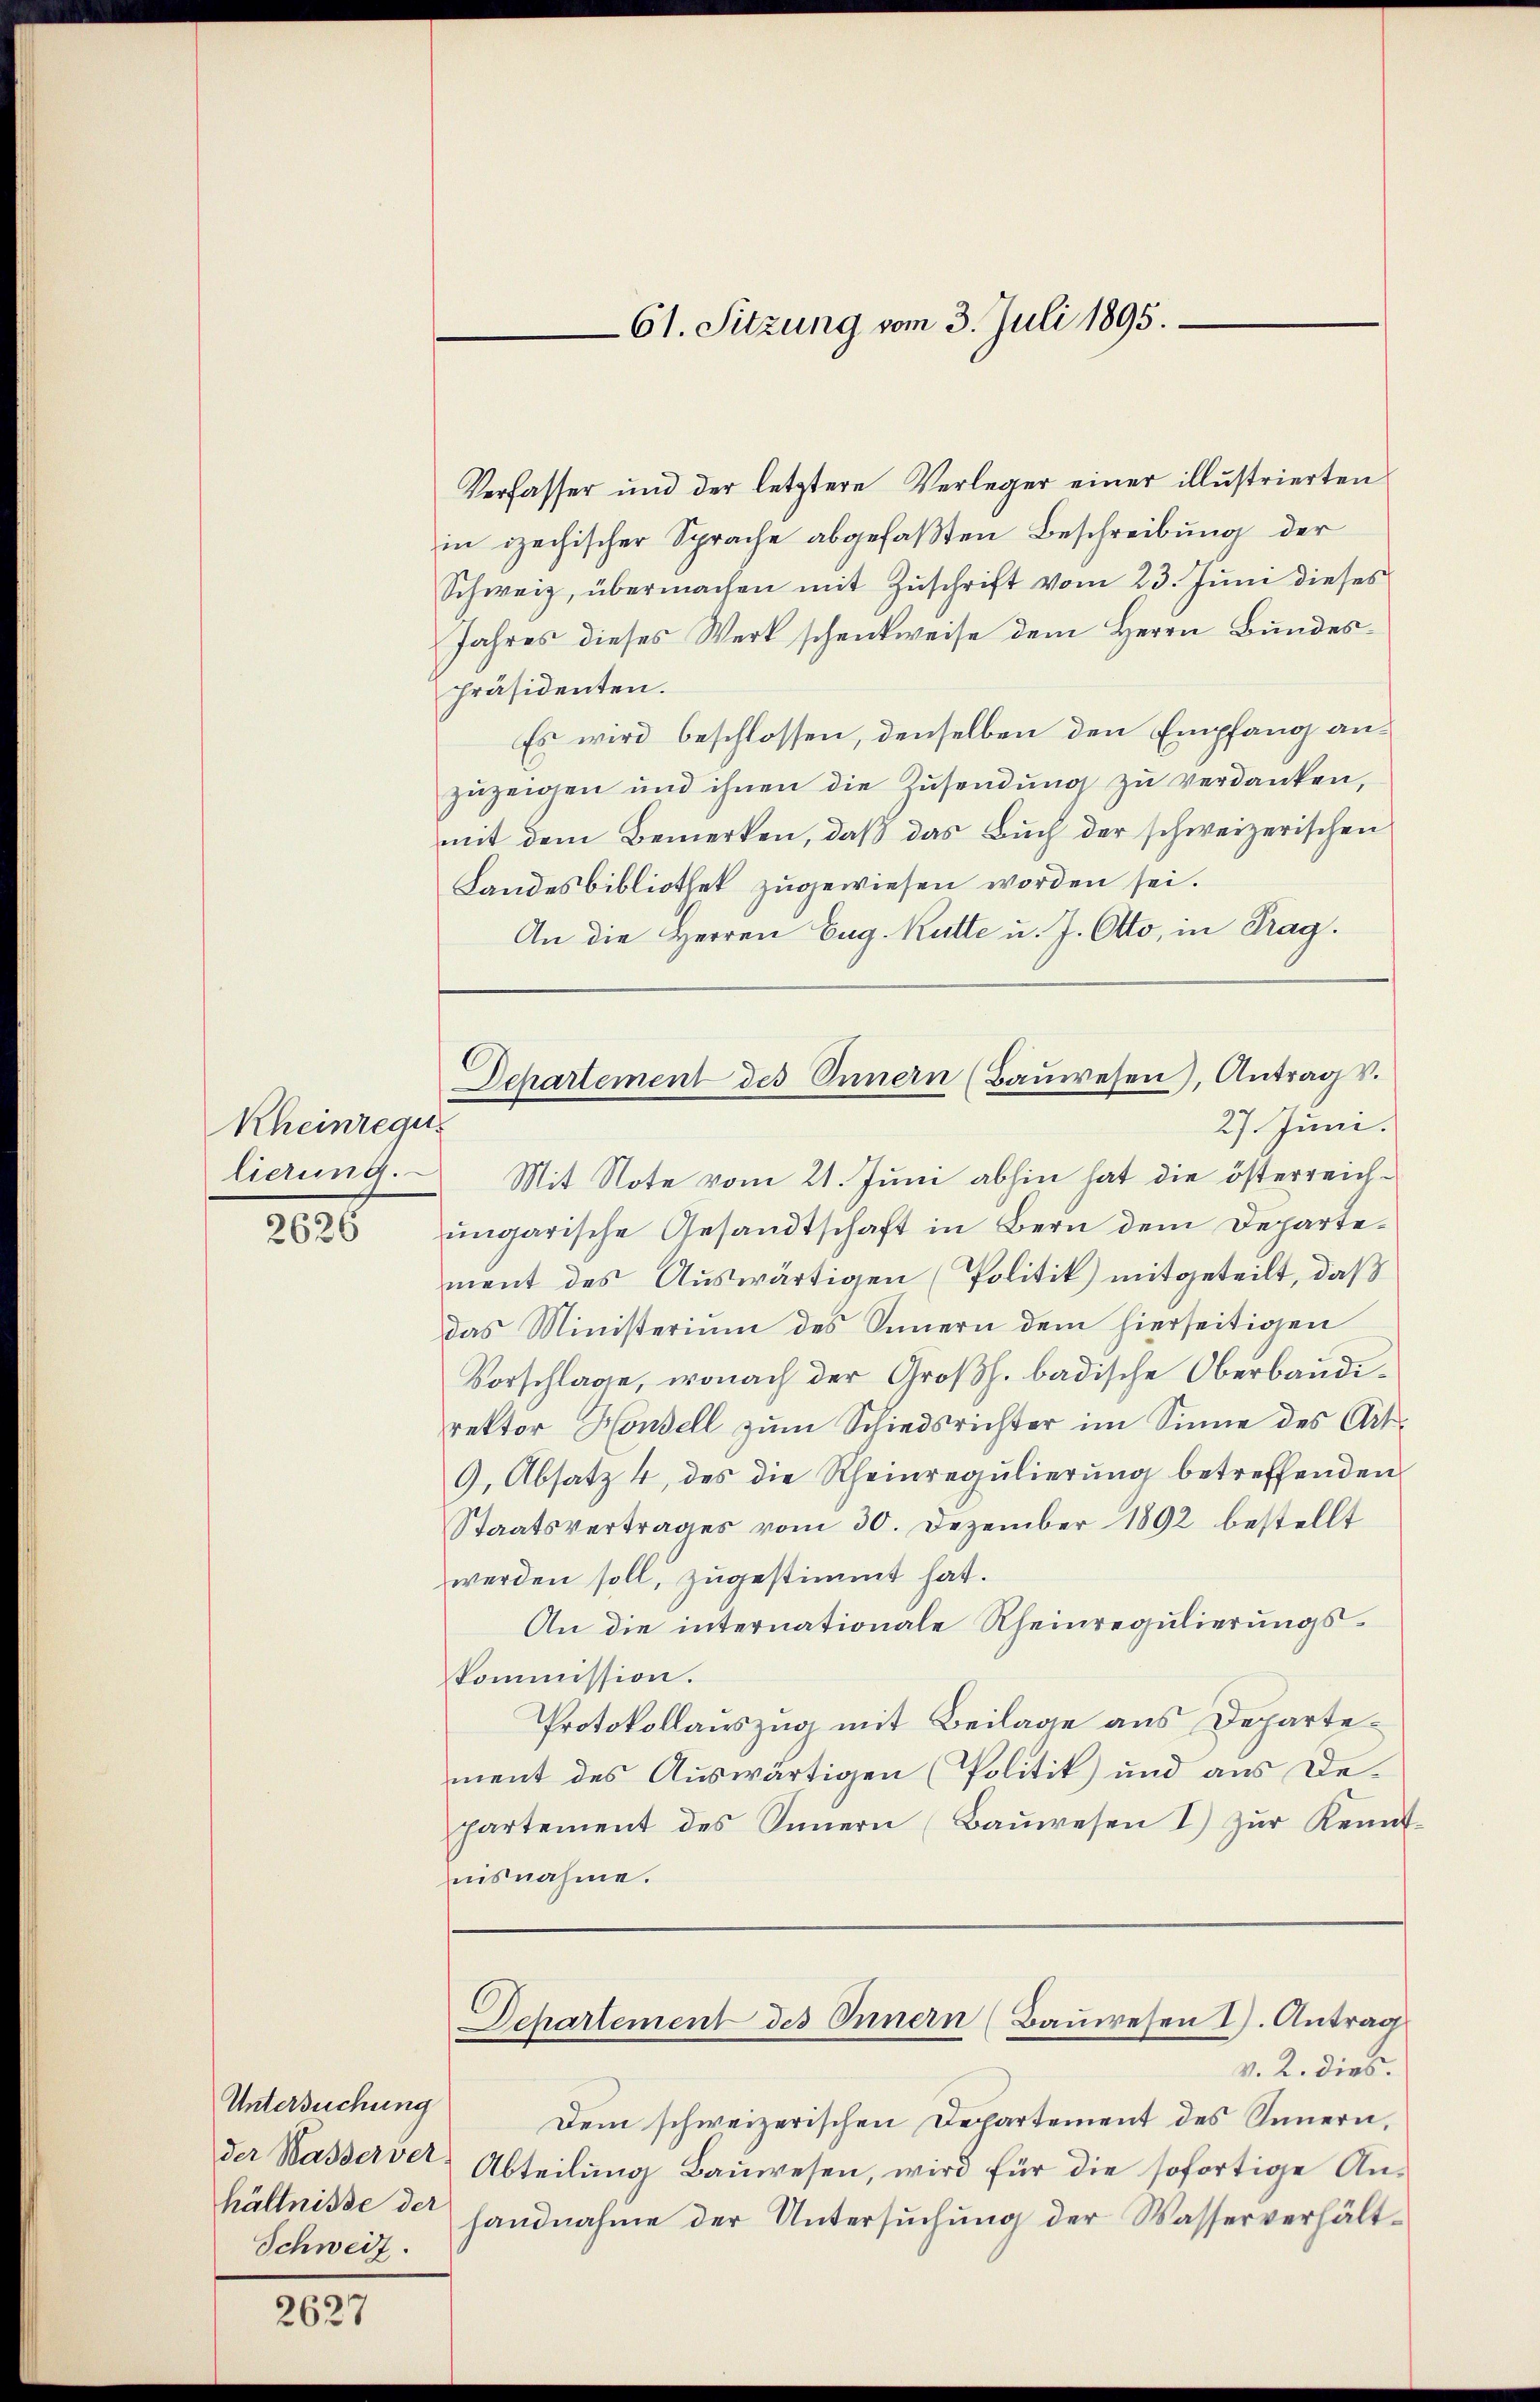
Rheinregu
2020

Verfasser und der letztere Verleger einer illustrierten
in izechischer Sprache abgefaßten Beschreibung der
Schweiz, übermachen mit Zuschrift vom 23. Juni dieses
Jahres dieses Werk schenkweise dem Herrn Bundespräsidenten.
Es wird beschlossen, denselben den Empfang anzuzeigen und ihnen die Zusendung zu verdanken,
mit dem Bemerken, daß das Buch der schweizerischen
Landesbibliothek zugewiesen worden sei.
An die Herren Eug. Kutte u. J. Otto, in Prag.
lierung. Mit Note vom 21. Juni abhin hat die österreich-
ungarische Gesandtschaft in Bern dem Departement des Auswärtigen (Politik) mitgeteilt, daß
das Ministerium des Innern dem hierseitigen
Vorschlage, wonach der Großh. badische Oberbaudirektor Honell zŭm Schiedsrichter im Sinne des Art.
9. Absatz 4, des die Rheinregulierung betreffenden
Staatsvertrages vom 30. Dezember 1892 bestellt
werden soll, zugestimmt hat.
An die internationale Rheinregulierungskommission.
Protokollauszug mit Beilage aus Departement des Auswärtigen (Politik) und aus Departement des Sinnern (Baŭwesen I) zŭr Kennt
nisnahme.
Dchartement des Innern (Bauwesen I. Antrag
v. 2. dies.
Untersuchung dem schweizerischen Departement des Innern,
der Wasserver-Abteilŭng Baŭwesen, wird für die sofortige An-
handnahme der Untersuchung der Wasserverhält¬

hältnisse der
Schweiz.

2627

61. Sitzung vom 3. Juli 1895.

Departement des Innern (Baŭwesen), Antrag v.
27. Juni.